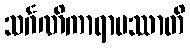
သင်္ဂဏိကာရာမဿာတိ